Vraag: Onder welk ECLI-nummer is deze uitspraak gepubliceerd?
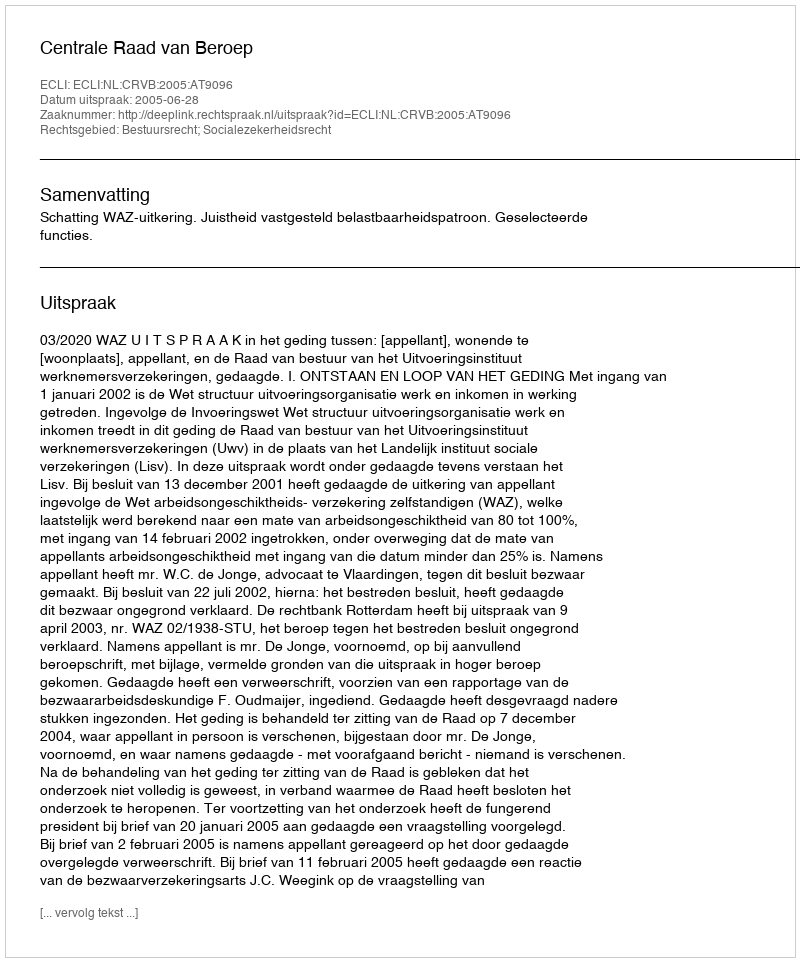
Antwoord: ECLI:NL:CRVB:2005:AT9096